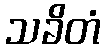
သခိတံ